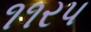
૧૧રપ